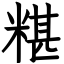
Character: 糂